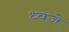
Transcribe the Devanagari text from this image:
ध्वजे